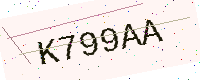
Text: K799AA